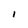
Character: l